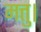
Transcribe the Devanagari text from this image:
मत्तु।